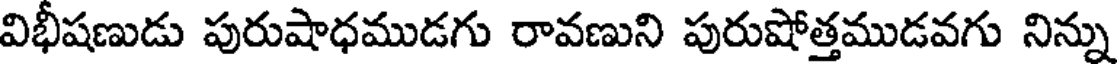
విభీషణుడు పురుషాధముడగు రావణుని పురుషోత్తముడవగు నిన్ను